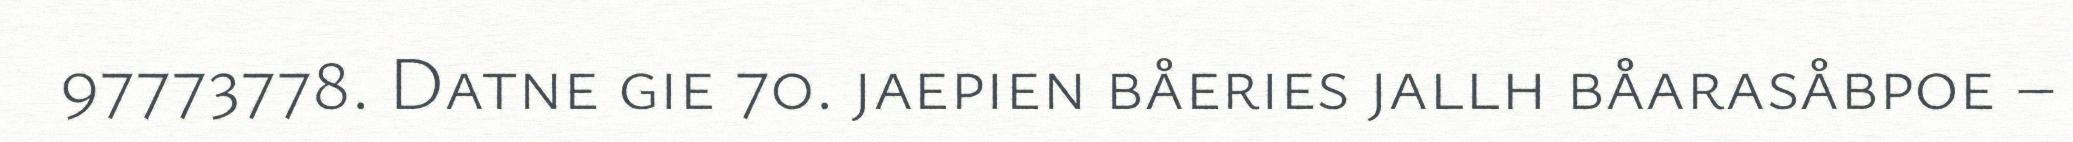
97773778. Datne gie 70. jaepien båeries jallh båarasåbpoe –